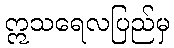
ဣသရေလပြည်မှ